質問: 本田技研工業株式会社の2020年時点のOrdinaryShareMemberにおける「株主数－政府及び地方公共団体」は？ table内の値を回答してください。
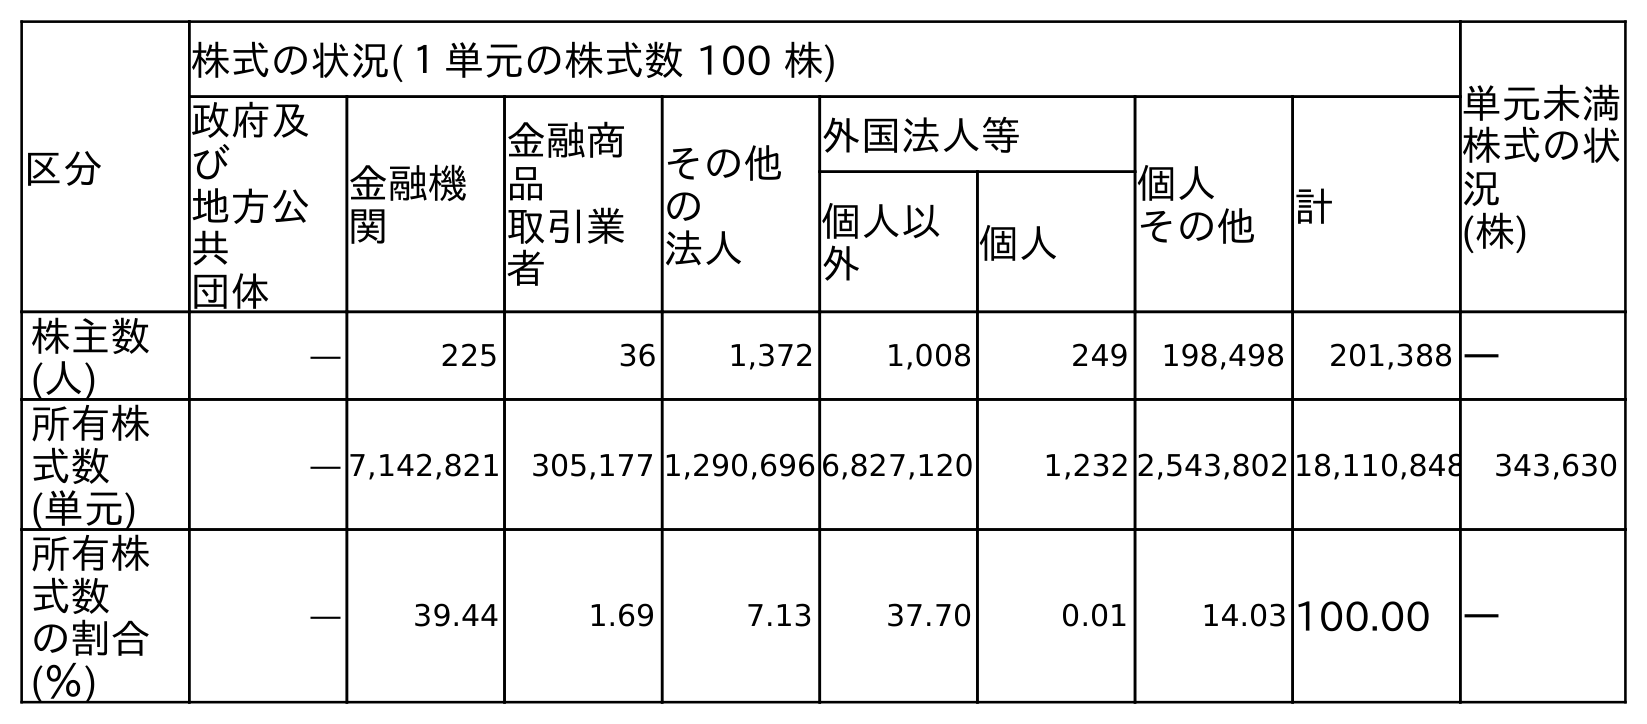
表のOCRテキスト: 区分 株式の状況(１単元の株式数 100 株) 単元未満 株式の状 況 (株) 政府及 び 地方公 共 団体 金融機 関 金融商 品 取引業 者 その他 の 法人 外国法人等 個人 その他 計 個人以 外 個人 株主数 (人) ― 225 36 1,372 1,008 249 198,498 201,388 ― 所有株 式数 (単元) ― 7,142,821 305,177 1,290,696 6,827,120 1,232 2,543,802 18,110,848 343,630 所有株 式数 の割合 (％) ― 39.44 1.69 7.13 37.70 0.01 14.03 100.00 ―
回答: ―